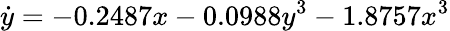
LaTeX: \dot{y}=-0.2487x-0.0988y^{3}-1.8757x^{3}